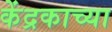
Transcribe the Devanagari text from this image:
केंद्रकाच्या